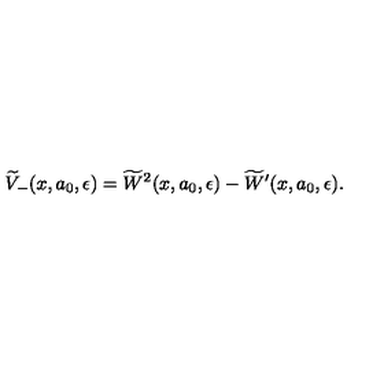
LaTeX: \widetilde { V } _ { - } ( x , a _ { 0 } , \epsilon ) = \widetilde { W } ^ { 2 } ( x , a _ { 0 } , \epsilon ) - \widetilde { W } ^ { \prime } ( x , a _ { 0 } , \epsilon ) .